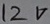
Text: 12V